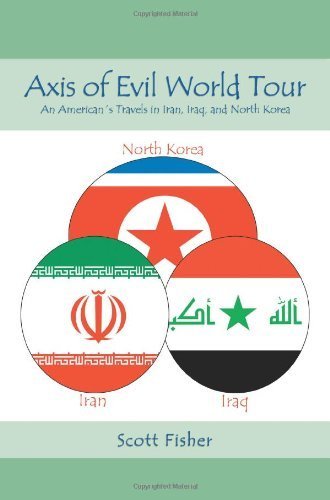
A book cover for Axis of Evil World Tour: An AmericanÃE's Travels in Iran, Iraq, and North Korea by Fisher, Scott (December 10, 2006) Paperback; Scott Fisher; Travel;